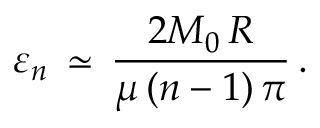
\varepsilon _ { n } \, \simeq \, \frac { 2 M _ { 0 } \, R } { \mu \, ( n - 1 ) \, \pi } \, { . }